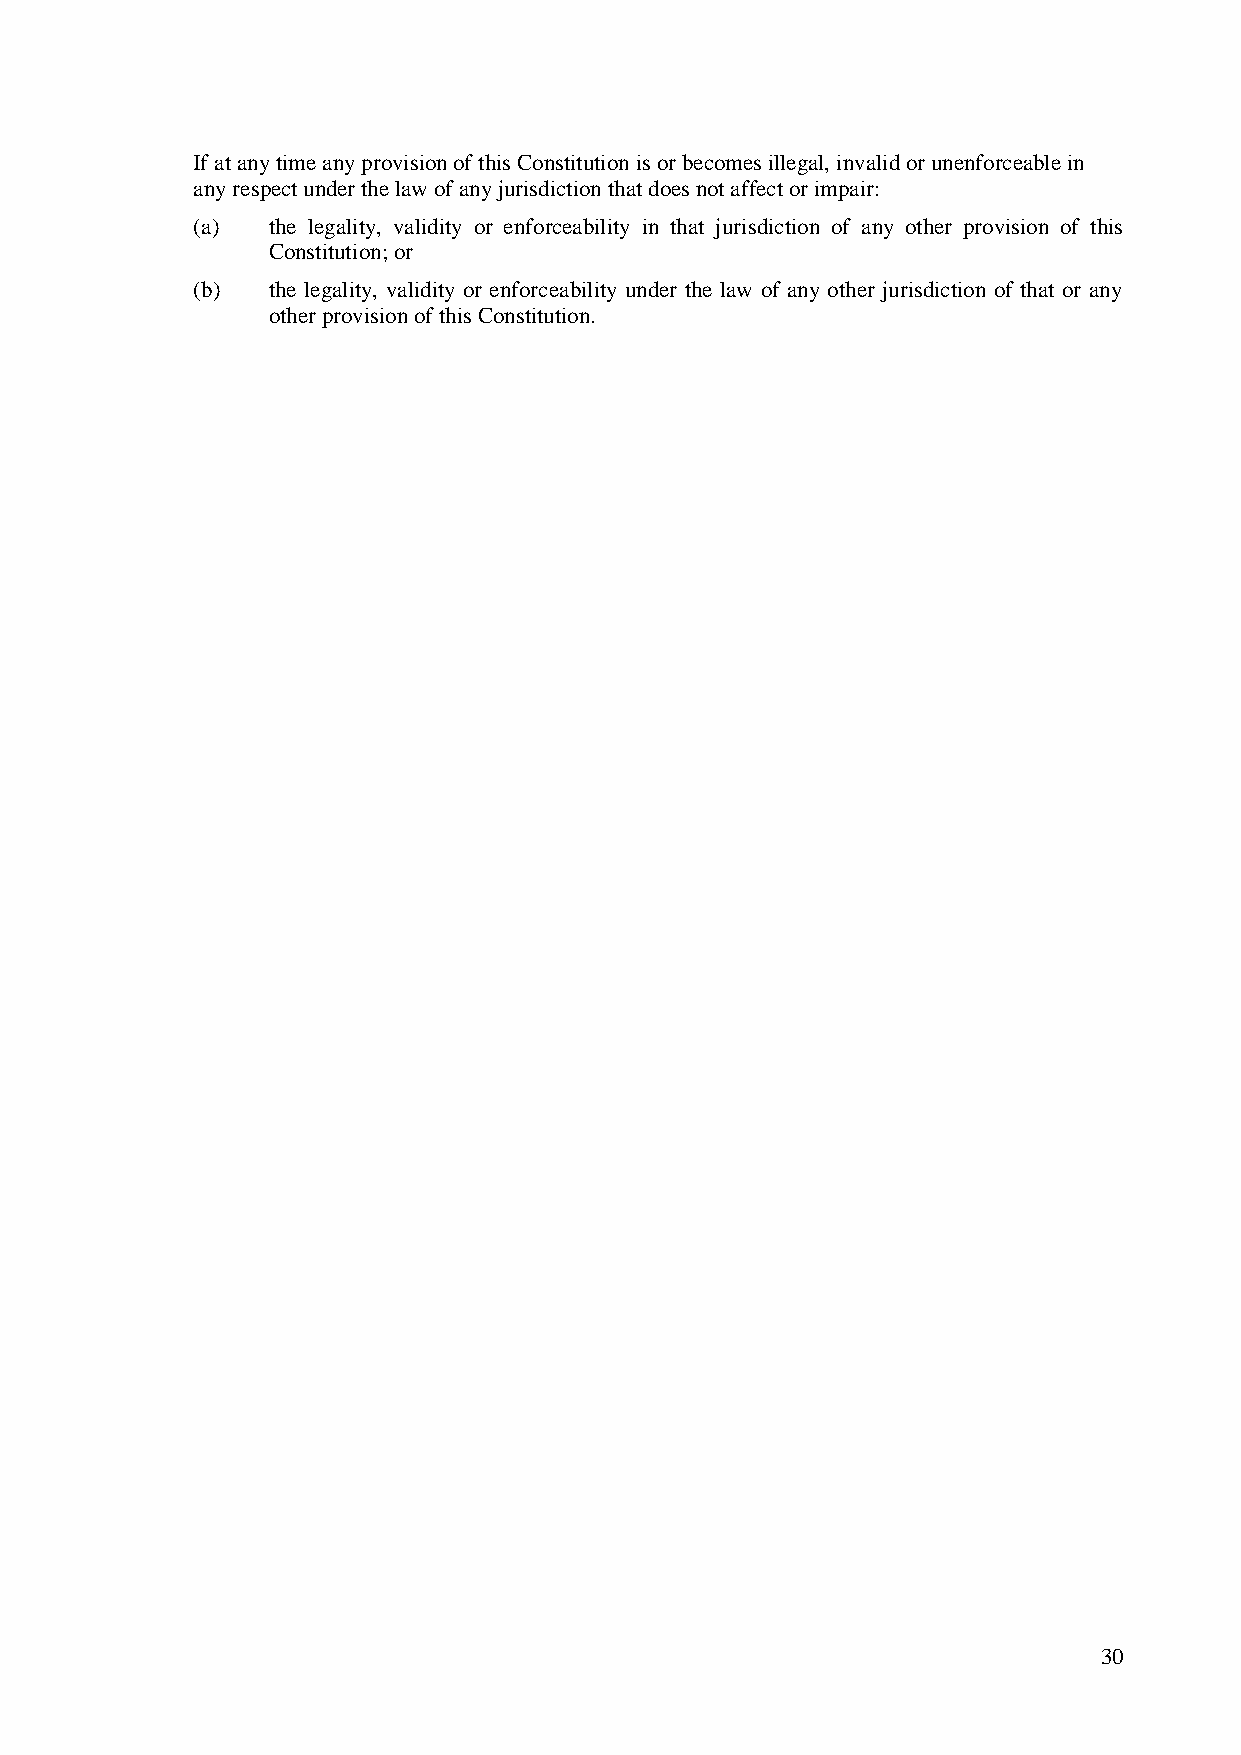
If at any time any provision of this Constitution is or becomes illegal, invalid or unenforceable in
 any respect under the law of any jurisdiction that does not affect or impair:
 (a)  the legality, validity or enforceability in that jurisdiction of any other provision of this
 Constitution; or
 (b)  the legality, validity or enforceability under the law of any other jurisdiction of that or any
 other provision of this Constitution.
 30